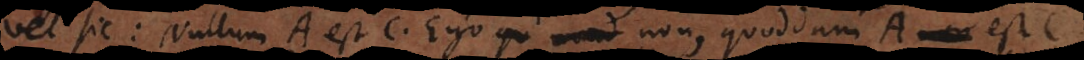
Vel sic: Nullum A est C. Ergo qu – non, quoddam A est C.